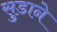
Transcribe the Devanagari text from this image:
सुडाने